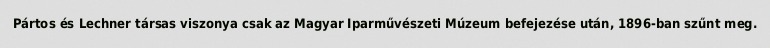
Pártos és Lechner társas viszonya csak az Magyar Iparművészeti Múzeum befejezése után, 1896-ban szűnt meg.